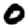
Digit: 0